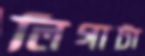
লিগাটা